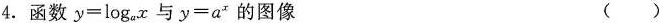
4. 函数$$y=\log _{a} x$$与$$y=a^{x}$$的图像（）